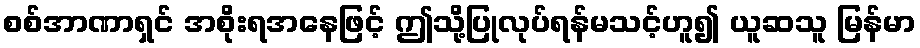
စစ်အာဏာရှင် အစိုးရအနေဖြင့် ဤသို့ပြုလုပ်ရန်မသင့်ဟူ၍ ယူဆသူ မြန်မာ